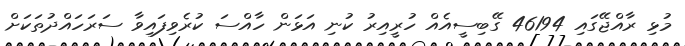
މުޅި ރާއްޖޭގައި 46194 ގޭބިސީއެއް ހުރީއިރު ކުނި އަޅަން ހާއްސަ ކުރެވިފައިވާ ސަރަހައްދުތަކަށް